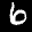
Label: 6